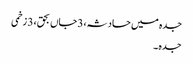
جدہ میں حادثہ، 3جاں بحق، 3 زخمی
جدہ ۔